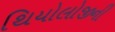
થિયોલોજીની